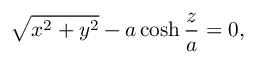
\sqrt { x ^ { 2 } + y ^ { 2 } } - a \cosh \frac { z } { a } = 0 ,